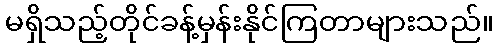
မရှိသည့်တိုင်ခန့်မှန်းနိုင်ကြတာများသည်။